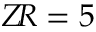
Z \! R = 5